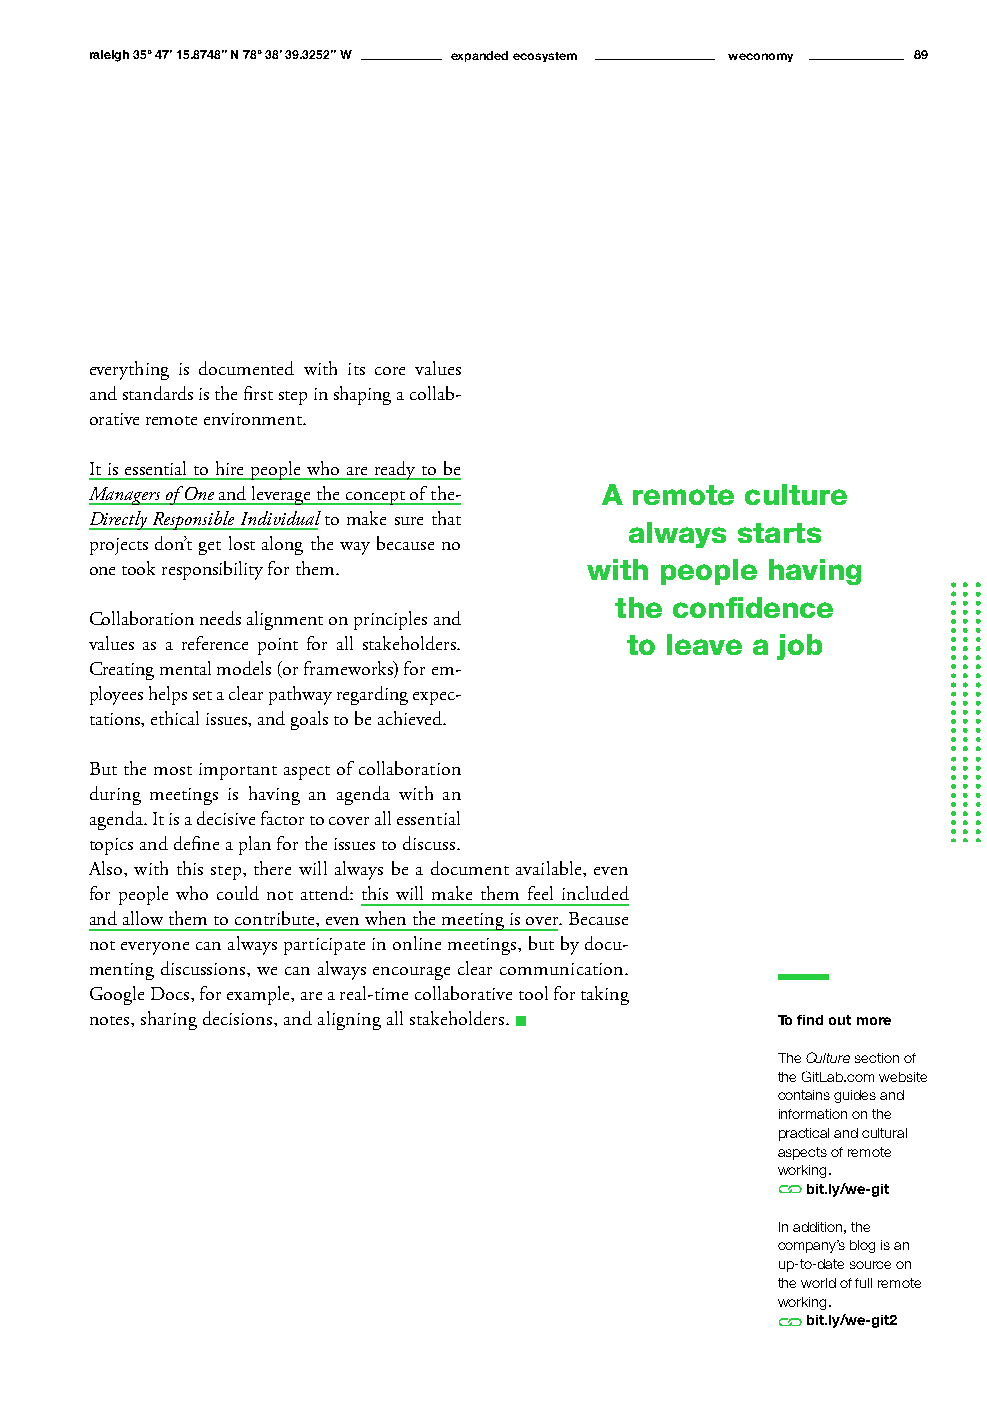
raleigh 35° 47’ 15.8748’’ N 78° 38’ 39.3252’’ W expanded ecosystem weconomy 89
 everything is documented with its core values
 and standards is the first step in shaping a collab-
 orative remote environment.
 It is essential to hire people who are ready to be
 Managers of One and leverage the concept of the- A remote culture
 Directly Responsible Individual to make sure that
 always starts
 projects don’t get lost along the way because no
 one took responsibility for them. with people having
 the confidence
 Collaboration needs alignment on principles and
 values as a reference point for all stakeholders. to leave a job
 Creating mental models (or frameworks) for em-
 ployees helps set a clear pathway regarding expec-
 tations, ethical issues, and goals to be achieved.
 But the most important aspect of collaboration
 during meetings is having an agenda with an
 agenda. It is a decisive factor to cover all essential
 topics and define a plan for the issues to discuss.
 Also, with this step, there will always be a document available, even
 for people who could not attend: this will make them feel included
 and allow them to contribute, even when the meeting is over. Because
 not everyone can always participate in online meetings, but by docu-
 menting discussions, we can always encourage clear communication.
 Google Docs, for example, are a real-time collaborative tool for taking
 notes, sharing decisions, and aligning all stakeholders. n To find out more
 The Culture section of
 the GitLab.com website
 contains guides and
 information on the
 practical and cultural
 aspects of remote
 working.
 bit.ly/we-git
 In addition, the
 company’s blog is an
 up-to-date source on
 the world of full remote
 working.
 bit.ly/we-git2